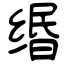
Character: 缗